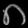
Digit: ၈